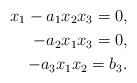
LaTeX: \begin{align*}x_1-a_1x_2x_3=0,\\-a_2x_1x_3=0,\\-a_3x_1x_2=b_3.\end{align*}